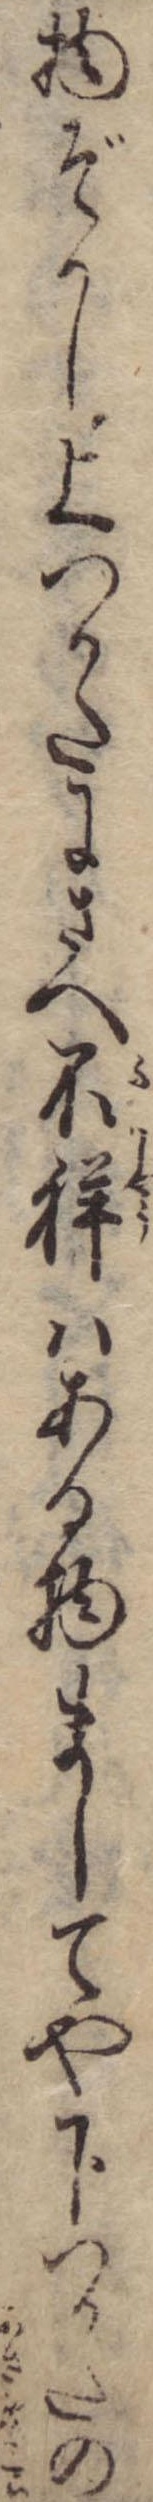
物ぞかし上つかたにさへ不祥はある物ましてや下つかたの